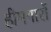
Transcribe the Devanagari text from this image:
हीमगारों